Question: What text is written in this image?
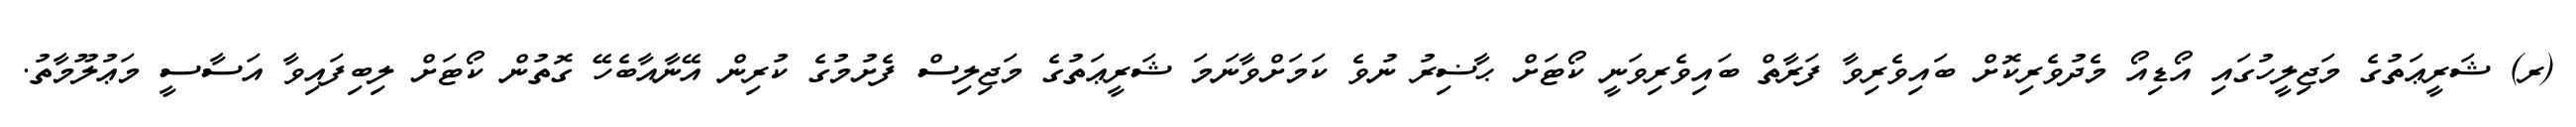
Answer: (ރ) ޝަރީޢަތުގެ މަޖިލީހުގައި އޯޑިއޯ މެދުވެރިކޮށް ބައިވެރިވާ ފަރާތް ބައިވެރިވަނީ ކޯޓަށް ޙާޟިރު ނުވެ ކަމަށްވާނަމަ ޝަރީޢަތުގެ މަޖިލިސް ފެށުމުގެ ކުރިން އޭނާއާބެހޭ ގޮތުން ކޯޓަށް ލިބިފައިވާ އަސާސީ މަޢުލޫމާތު.